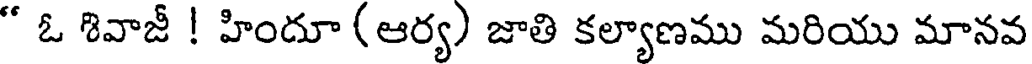
" ఓ శివాజీ ! హిందూ (ఆర్య) జాతి కల్యాణము మరియు మానవ